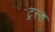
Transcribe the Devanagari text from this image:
ट्रस्स